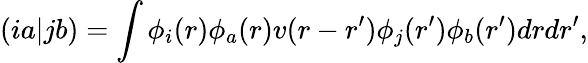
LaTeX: (ia|jb)=\int\phi_{i}(r)\phi_{a}(r)v(r-r^{\prime})\phi_{j}(r^{\prime})\phi_{b}(r^{\prime})drdr^{\prime},